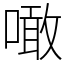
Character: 噉